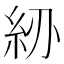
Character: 𥾠